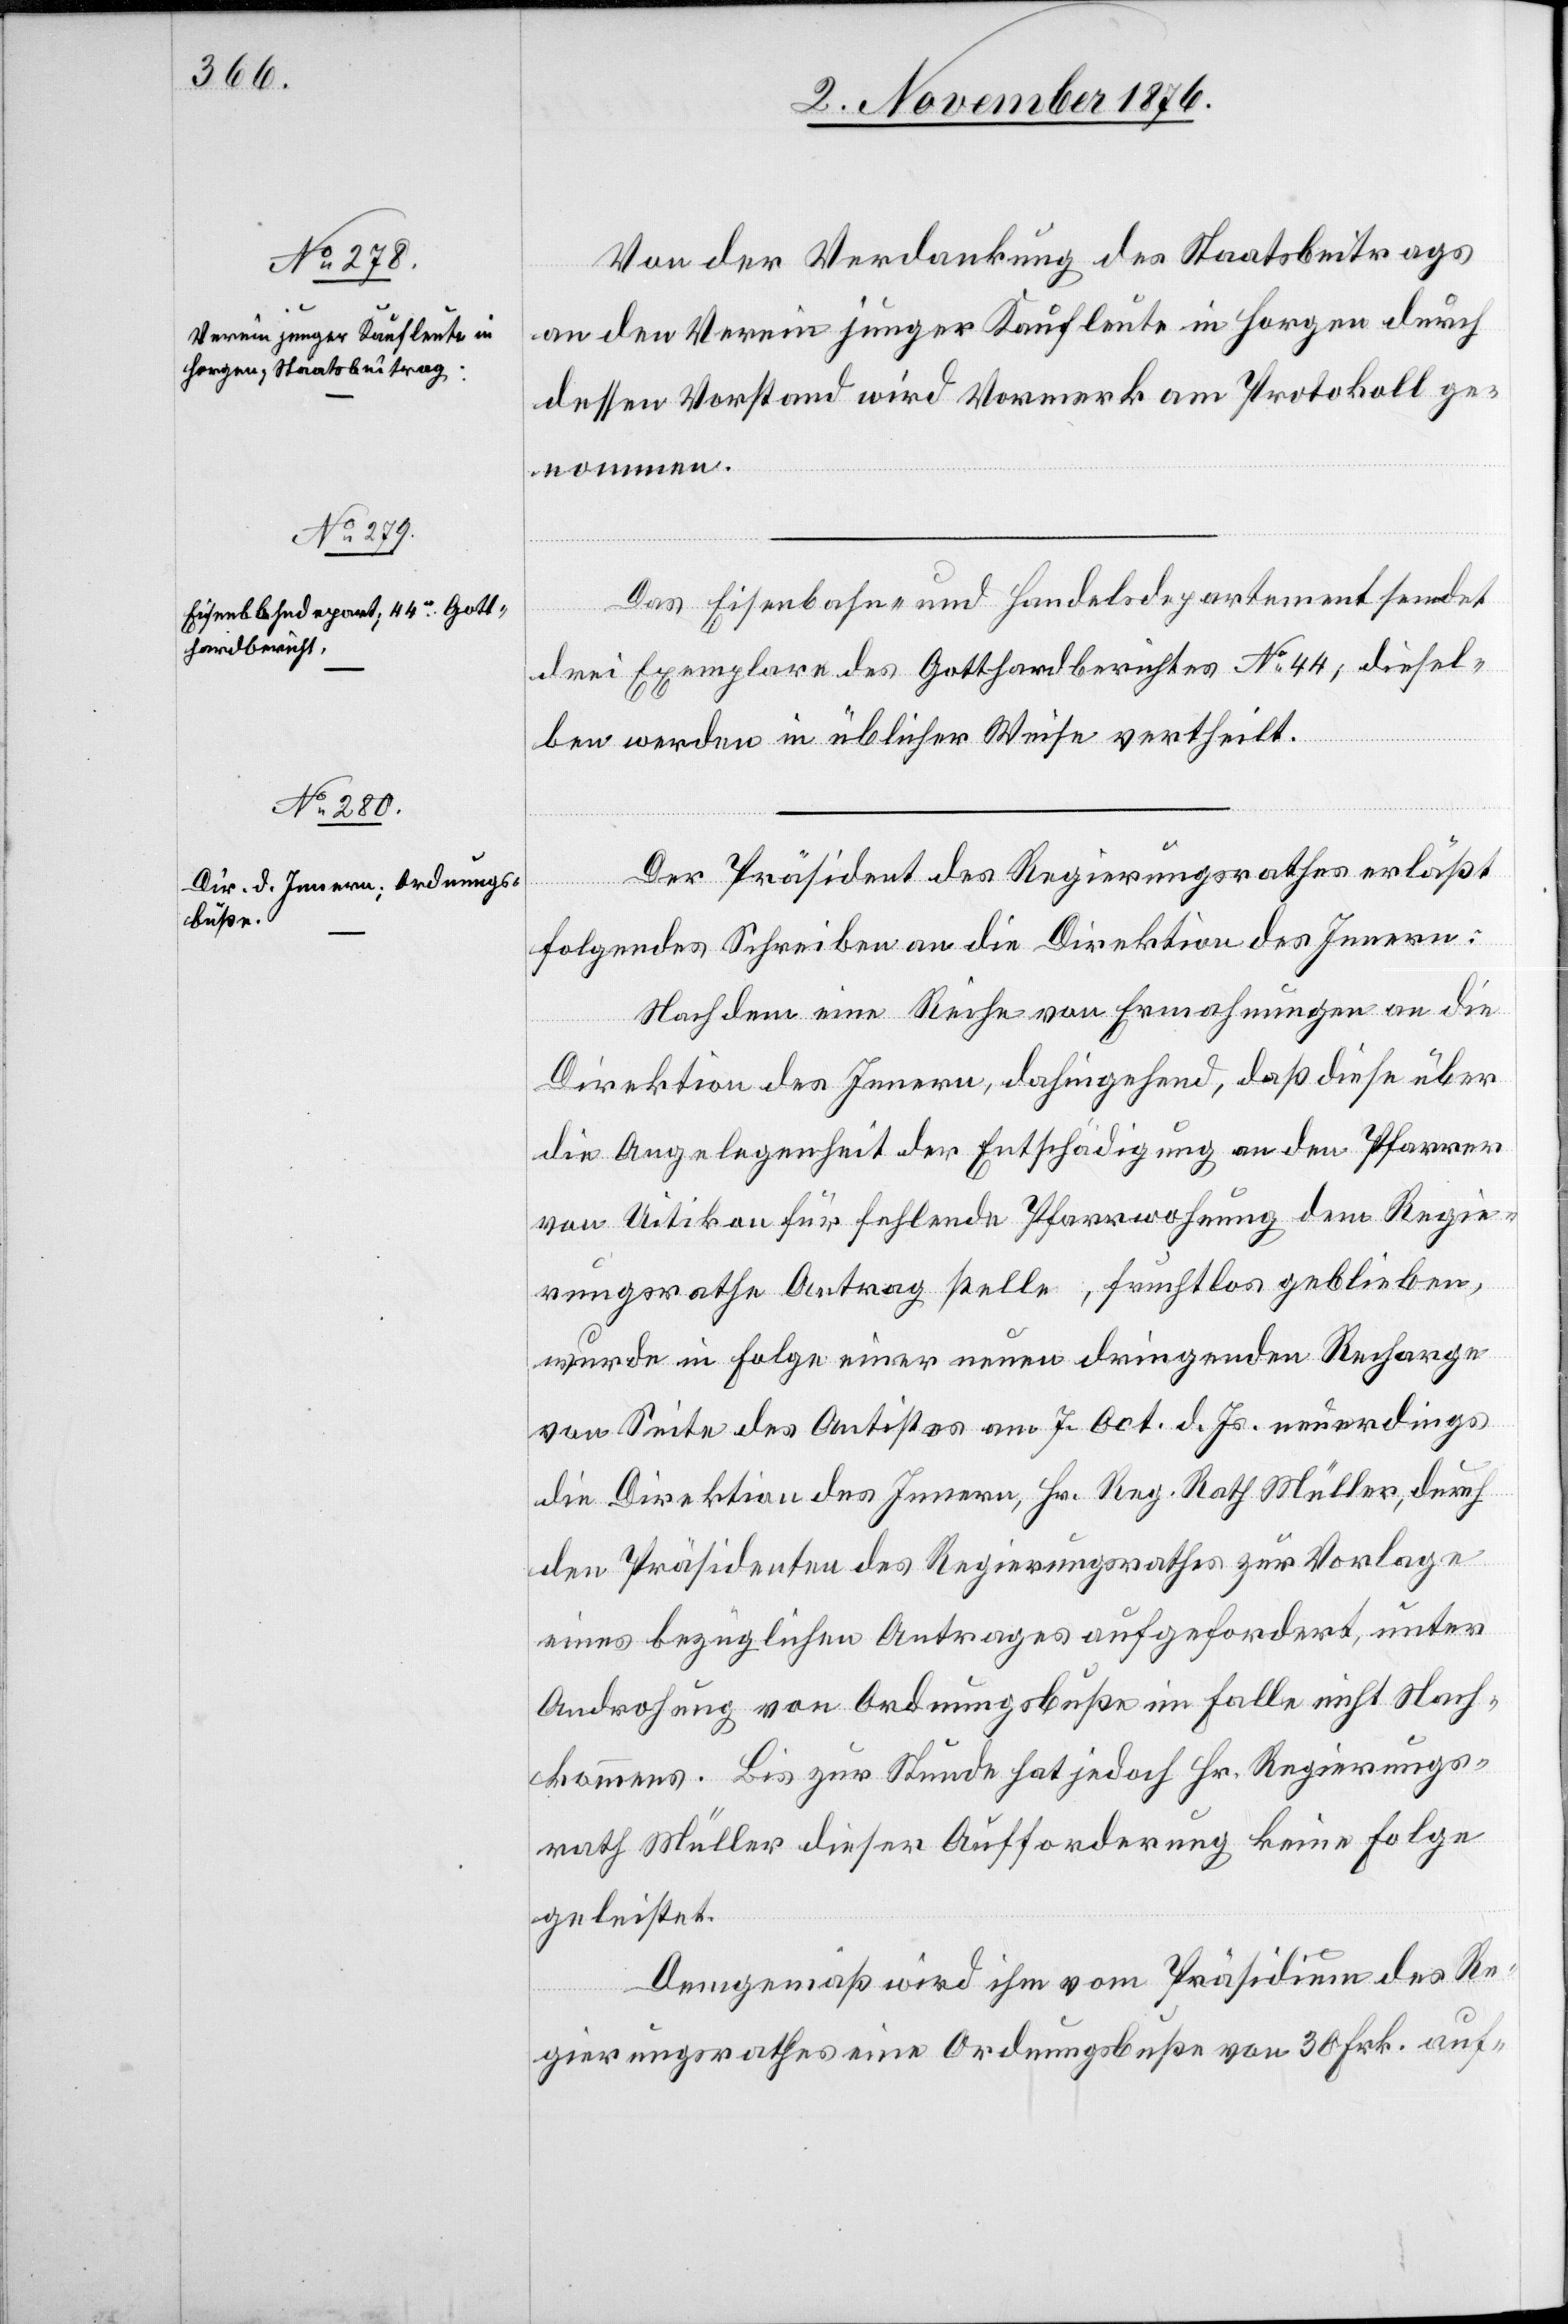
2. November 1876.]
Von der Verdankung des Staatsbeitrags
an den Verein junger Kaufleute in Horgen durch
dessen Vorstand wird Vormerk am Protokoll ge¬
nommen.
Das Eisenbahn- und Handelsdepartement sendet
drei Exemplare des Gotthardberichtes No 44; diesel¬
ben werden in üblicher Weise vertheilt.
Der Präsident des Regierungsrathes erläßt
folgendes Schreiben an die Direktion des Innern:
Nach dem eine Reihe von Ermahnungen an die
Direktion des Innern, dahingehend, daß diese über
die Angelegenheit der Entschädigung an den Pfarrer
von Uitikon für fehlende Pfarrwohnung dem Regie¬
rungsrathe Antrag stelle, fruchtlos geblieben,
wurde in Folge einer neuen dringenden Recharge
von Seite des Antistes am 7. Oct. d. Js. neuerdings
die Direktion des Innern, Hr. Reg. Rath Müller, durch
den Präsidenten des Regierungsrathes zur Vorlage
eines bezüglichen Antrages aufgefordert, unter
Androhung von Ordnungsbuße im Falle nicht Nach¬
kommens. Bis zur Stunde hat jedoch Hr. Regierungs¬
rath Müller dieser Aufforderung keine Folge
geleistet.
Demgemäß wird ihm vom Präsidium des Re¬
gierungsrathes eine Ordnungsbuße von 30 Frk. auf-